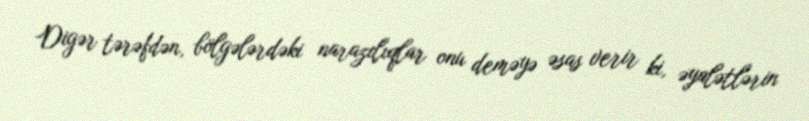
Digər tərəfdən, bölgələrdəki narazılıqlar onu deməyə əsas verir ki, əyalətlərin